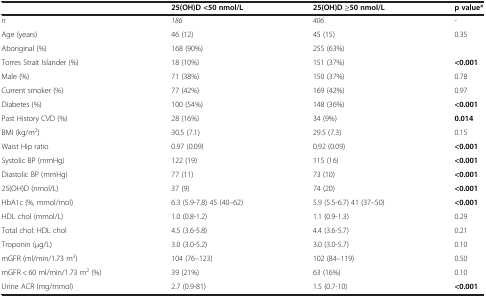
|  | 25(OH)D <50 nmol/L | 25(OH)D ≥50 nmol/L | p value* |
 | --- | --- | --- | --- |
 | n | 186 | 406 | - |
 | Age (years) | 46 (12) | 45 (15) | 0.35 |
 | Aboriginal (%) | 168 (90%) | 255 (63%) |  |
 | Torres Strait Islander (%) | 18 (10%) | 151 (37%) | <0.001 |
 | Male (%) | 71 (38%) | 150 (37%) | 0.78 |
 | Current smoker (%) | 77 (42%) | 169 (42%) | 0.97 |
 | Diabetes (%) | 100 (54%) | 148 (36%) | <0.001 |
 | Past History CVD (%) | 28 (16%) | 34 (9%) | 0.014 |
 | BMI (kg/m2) | 30.5 (7.1) | 29.5 (7.3) | 0.15 |
 | Waist Hip ratio | 0.97 (0.09) | 0.92 (0.09) | <0.001 |
 | Systolic BP (mmHg) | 122 (19) | 115 (16) | <0.001 |
 | Diastolic BP (mmHg) | 77 (11) | 73 (10) | <0.001 |
 | 25(OH)D (nmol/L) | 37 (9) | 74 (20) | <0.001 |
 | HbA1c (%, mmol/mol) | 6.3 (5.9-7.8) 45 (40–62) | 5.9 (5.5-6.7) 41 (37–50) | <0.001 |
 | HDL chol (mmol/L) | 1.0 (0.8-1.2) | 1.1 (0.9-1.3) | 0.29 |
 | Total chol: HDL chol | 4.5 (3.6-5.8) | 4.4 (3.6-5.7) | 0.21 |
 | Troponin (μg/L) | 3.0 (3.0-5.2) | 3.0 (3.0-5.7) | 0.10 |
 | mGFR (ml/min/1.73 m2) | 104 (76–123) | 102 (84–119) | 0.50 |
 | mGFR < 60 ml/min/1.73 m2 (%) | 39 (21%) | 63 (16%) | 0.10 |
 | Urine ACR (mg/mmol) | 2.7 (0.9-81) | 1.5 (0.7-10) | <0.001 |